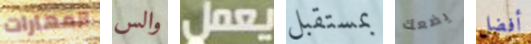
المهارات والس يعمل بمستقبل يضعك أفضل